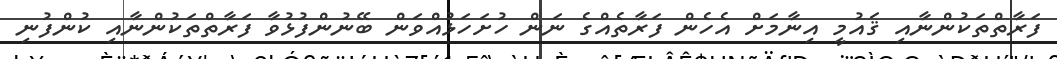
ފަރާތްތަކުންނާއި ޤައުމީ އިނާމަށް އެހެން ފަރާތެއްގެ ނަން ހުށަހަޅުއްވަން ބޭނުންފުޅުވާ ފަރާތްތަކުންނާއި ކުންފުނި